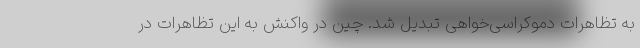
به تظاهرات دموکراسی‌خواهی تبدیل شد. چین در واکنش به این تظاهرات در